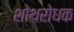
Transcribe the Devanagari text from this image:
शोथरोधक